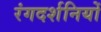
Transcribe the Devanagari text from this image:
रंगदर्शनियों